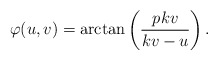
\begin{align*} \varphi(u,v)= \hbox{arctan}\left(\frac{pkv}{kv-u}\right) .\end{align*}